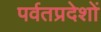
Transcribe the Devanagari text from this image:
पर्वतप्रदेशों